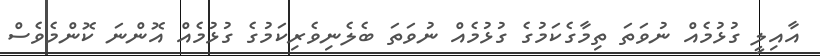
އާއިލީ ގުޅުމެއް ނުވަތަ ތިމާގެކަމުގެ ގުޅުމެއް ނުވަތަ ބެލެނިވެރިކަމުގެ ގުޅުމެއް އޮންނަ ކޮންމެވެސް